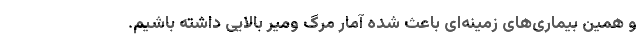
و همین بیماری‌های زمینه‌ای باعث شده آمار مرگ ومیر بالایی داشته باشیم.